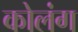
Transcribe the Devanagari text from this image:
कोलंग